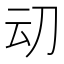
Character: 𰄠